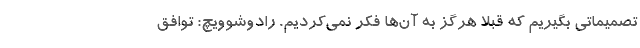
تصمیماتی بگیریم که قبلا هرگز به آن‌ها فکر نمی‌کردیم. رادوشوویچ: توافق